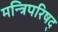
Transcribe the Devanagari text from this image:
मन्त्रिपरिषद्‍